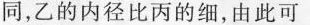
同，乙的内径比丙的细，由此可